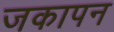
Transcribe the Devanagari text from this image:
जकापन